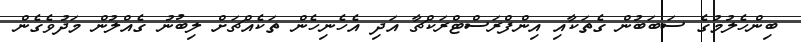
ބިންހެލުމުގެ ސަބަބުން ގެތަކާއި އިންފްރަސްޓްރަކްޗާ އަދި އެހެނިހެން ތަކެއްޗަށް ލިބުނު ގެއްލުން މަދުވެގެން